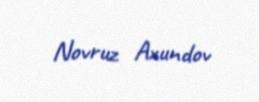
Novruz Axundov